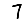
Digit: 7